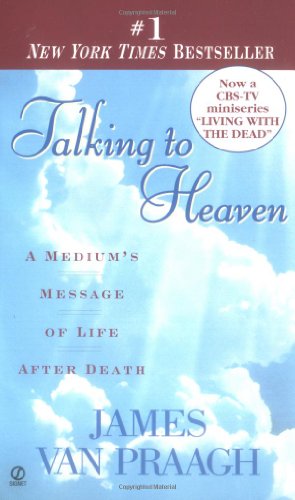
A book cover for Talking to Heaven: A Medium's Message of Life After Death; James Van Praagh; Religion & Spirituality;